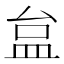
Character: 𥁐